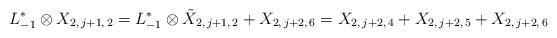
LaTeX: \begin{align*}L_{-1}^*\otimes X_{2, \, j+1, \, 2} = L_{-1}^*\otimes \tilde{X}_{2, \, j+1, \, 2} + X_{2, \, j+2, \, 6} = X_{2, \, j+2, \, 4} + X_{2, \, j+2, \, 5} + X_{2, \, j+2, \, 6}\end{align*}